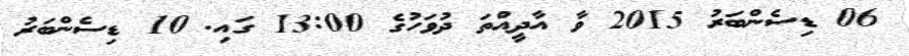
06 ޑިސެންބަރު 2015 ވާ އާދީއްތަ ދުވަހުގެ 13:00 ގައި. 10 ޑިސެންބަރު